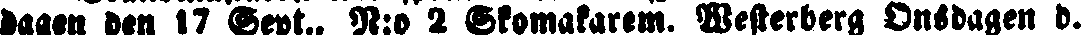
dagen den 17 Sept., N:o 2 Skomakarem. Westerberg Onsdagen d.